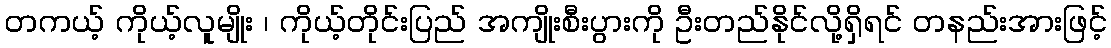
တကယ့် ကိုယ့်လူမျိုး ၊ ကိုယ့်တိုင်းပြည် အကျိုးစီးပွားကို ဦးတည်နိုင်လို့ရှိရင် တနည်းအားဖြင့်